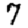
Digit: 7